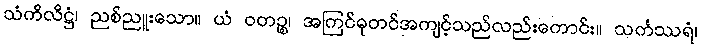
သံကိလိဋ္ဌံ၊ ညစ်ညူးသော။ ယံ ဝတဉ္စ၊ အကြင်ဓုတင်အကျင့်သည်လည်းကောင်း။ သင်္ကဿရံ၊